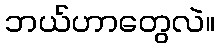
ဘယ်ဟာတွေလဲ။